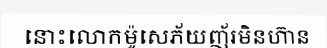
នោះលោកម៉ូសេភ័យញ័រមិនហ៊ាន